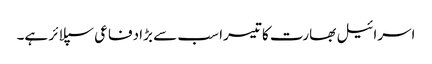
اسرائیل بھارت کا تیسرا سب سے بڑا دفاعی سپلائر ہے۔